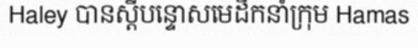
Haley បានស្តីបន្ទោសមេដឹកនាំក្រុម Hamas